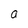
Character: a